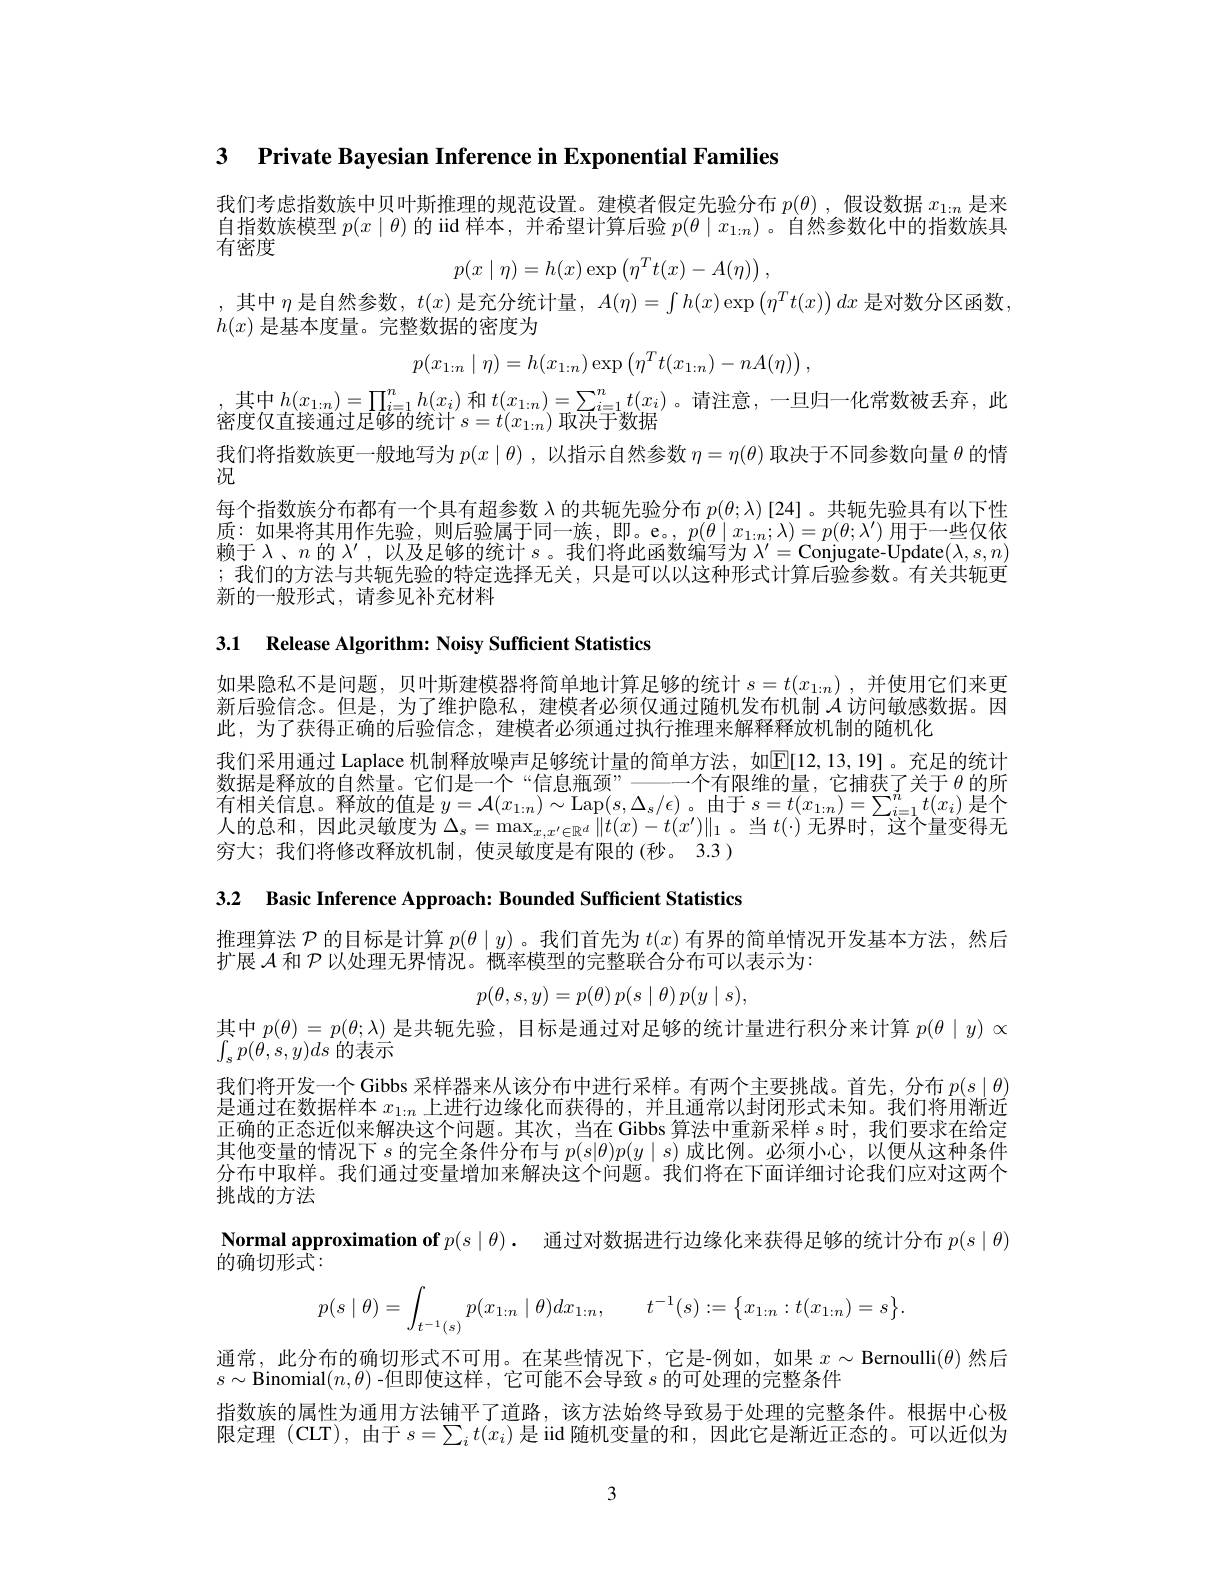
3 $\textbf{Private Bayesian Inference in Exponential Families}$

我们考虑指数族中贝叶斯推理的规范设置。建模者假定先验分布$p(\theta)$ ,假设数据$x_{1:n}$是来自指数族模型$p(x\mid\theta)$的 iid 样本，并希望计算后验$p(\theta\mid x_{1:n})$ 。自然参数化中的指数族具$\vec{\text{有密度}}$
$$p(x\mid\eta)=h(x)\exp\left(\eta^Tt(x)-A(\eta)\right),$$
,其中 $\eta$ 是自然参数$,t(x)$ 是充分统计量$,A(\eta)=\int h(x)\exp\left(\eta^Tt(x)\right)dx$ 是对数分区函数
$h(x)$是基本度量。完整数据的密度为
$$p(x_{1:n}\mid\eta)=h(x_{1:n})\exp\left(\eta^Tt(x_{1:n})-nA(\eta)\right),$$
,其中$h(x_{1:n})=\prod_{i=1}^nh(x_i)$ 和 $t(x_{1:n})=\sum_{i=1}^nt(x_i)$ 。请注意，一旦归一化常数被丢弃，此
密度仅直接通过足够的统计$s=t(x_{1:n})$取决于数据
我们将指数族更一般地写为$p(x\mid\theta)$,以指示自然参数$\eta=\eta(\theta)$取决于不同参数向量$\theta$的情
況
每个指数族分布都有一个具有超参数$\lambda$的共轭先验分布$p(\theta;\lambda)$ [24]。共轭先验具有以下性质：如果将其用作先验，则后验属于同一族，即。e。$,p(\theta\mid x_{1:n};\lambda)=p(\theta;\lambda^{\prime})$用于一些仅依赖于$\lambda$、$n$的$\lambda^\prime$,以及足够的统计$s$。我们将此函数编写为$\lambda^\prime=$Conjugate-Update$(\lambda,s,n)$ ;我们的方法与共轭先验的特定选择无关，只是可以以这种形式计算后验参数。有关共轭更新的一般形式，请参见补充材料

3.1 Release Algorithm: Noisy Sufficient Statistics

如果隐私不是问题，贝叶斯建模器将简单地计算足够的统计$s= t( x_{1: n})$ ,并使用它们来更新后验信念。但是，为了维护隐私，建模者必须仅通过随机发布机制$\mathcal{A}$访问敏感数据。因此，为了获得正确的后验信念，建模者必须通过执行推理来解释释放机制的随机化
我们采用通过 Laplace 机制释放噪声足够统计量的简单方法，如$\mathbb{E}[12,13,19]$。充足的统计数据是释放的自然量。它们是一个“信息瓶颈”———个有限维的量，它捕获了关于$\theta$的所有相关信息。释放的值是$y=\mathcal{A}(x_{1:n})\sim\operatorname{Lap}(s,\Delta_{s}/\epsilon)$。由于$s=t(x_{1:n})=\sum_{i=1}^{n}t(x_{i})$是个人的治和 田此寻敏审斗$\Lambda=\max_{\|t(n)}t(x_{1:n})\|_{\text{当}}t($ )王思时 这个是亦得五人的总和，因此灵敏度为$\Delta_s=\max_{x,x^{\prime}\in\mathbb{R}^d}\|t(x)-t(x^{\prime})\|_1$。当$t(\cdot)$无界时，这个量变得无穷大；我们将修改释放机制，使灵敏度是有限的(秒。3.3)

3.2 Basic Inference Approach: Bounded Sufficient Statistics

推理算法$\mathcal{P}$的目标是计算$p(\theta\mid y)$ 。我们首先为$t(x)$有界的简单情况开发基本方法，然后
扩展$\mathcal{A}$和$\mathcal{P}$以处理无界情况。概率模型的完整联合分布可以表示为：
$$p(\theta,s,y)=p(\theta)\:p(s\mid\theta)\:p(y\mid s),$$
其中$p(\theta)=p(\theta;\lambda)$是共轭先验，目标是通过对足够的统计量进行积分来计算$p(\theta\mid y)\propto$

$\int_{s}p(\bar{\theta},s,y)ds$的表示
我们将开发一个 Gibbs 采样器来从该分布中进行采样。有两个主要挑战。首先，分布$p(s\mid\theta)$ 是通过在数据样本$x_{1:n}$上进行边缘化而获得的，并且通常以封闭形式未知。我们将用渐近正确的正态近似来解决这个问题。其次，当在 Gibbs 算法中重新采样$s$时，我们要求在给定其他变量的情况下$s$的完全条件分布与$p(s|\theta)p(y\mid s)$成比例。必须小心，以便从这种条件分布中取样。我们通过变量增加来解决这个问题。我们将在下面详细讨论我们应对这两个挑战的方法
$\textbf{Normal approximation of }p( s\mid \theta ) .$ 通过对数据进行边缘化来获得足够的统计分布 $p(s\mid\theta)$
的确切形式：
$$p(s\mid\theta)=\int_{t^{-1}(s)}p(x_{1:n}\mid\theta)dx_{1:n},\quad t^{-1}(s):=\begin{Bmatrix}x_{1:n}:t(x_{1:n})=s\end{Bmatrix}.$$
通常，此分布的确切形式不可用。在某些情况下，它是-例如，如果$x\sim$ Bernoulli$(\theta)$然后
$s\sim$Binomial$(n,\theta)$ -但即使这样，它可能不会导致$s$的可处理的完整条件
指数族的属性为通用方法铺平了道路，该方法始终导致易于处理的完整条件。根据中心极限定理 (CLT),由于$s=\sum_it(x_i)$是 iid 随机变量的和，因此它是渐近正态的。可以近似为

3